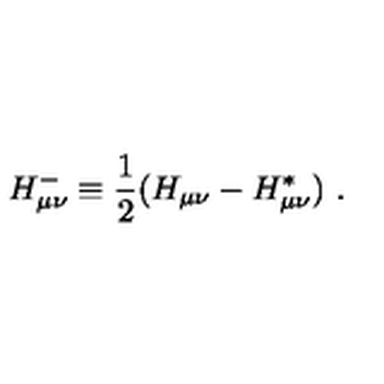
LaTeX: H _ { \mu \nu } ^ { - } \equiv { \frac { 1 } { 2 } } ( H _ { \mu \nu } - H _ { \mu \nu } ^ { * } ) \ .